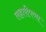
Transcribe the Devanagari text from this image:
लहारीपणा